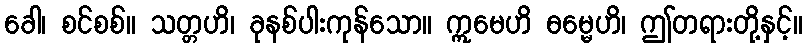
ခေါ၊ စင်စစ်။ သတ္တဟိ၊ ခုနစ်ပါးကုန်သော။ ဣမေဟိ ဓမ္မေဟိ၊ ဤတရားတို့နှင့်။